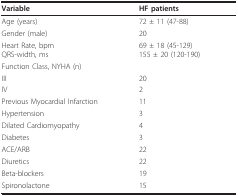
<table><thead><tr><td><b>Variable</b></td><td><b>HF patients</b></td></tr></thead><tbody><tr><td>Age (years)</td><td>72 ± 11 (47-88)</td></tr><tr><td>Gender (male)</td><td>20</td></tr><tr><td>Heart Rate, bpmQRS-width, ms</td><td>69 ± 18 (45-129)155 ± 20 (120-190)</td></tr><tr><td>Function Class, NYHA (n)</td><td></td></tr><tr><td>III</td><td>20</td></tr><tr><td>IV</td><td>2</td></tr><tr><td>Previous Myocardial Infarction</td><td>11</td></tr><tr><td>Hypertension</td><td>3</td></tr><tr><td>Dilated Cardiomyopathy</td><td>4</td></tr><tr><td>Diabetes</td><td>3</td></tr><tr><td>ACE/ARB</td><td>22</td></tr><tr><td>Diuretics</td><td>22</td></tr><tr><td>Beta-blockers</td><td>19</td></tr><tr><td>Spironolactone</td><td>15</td></tr></tbody></table>